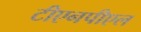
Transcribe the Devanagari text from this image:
टीएनपीएल